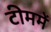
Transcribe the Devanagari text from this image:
टीममें